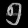
Digit: ၅